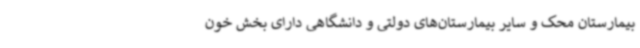
بیمارستان محک و سایر بیمارستان‌های دولتی و دانشگاهی دارای بخش خون